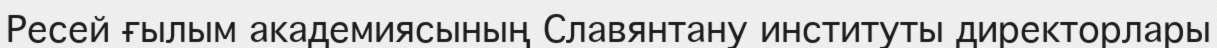
Ресей ғылым академиясының Славянтану институты директорлары